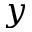
y